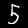
Digit: 5